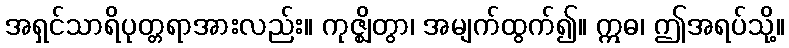
အရှင်သာရိပုတ္တရာအားလည်း။ ကုဇ္ဈိတွာ၊ အမျက်ထွက်၍။ ဣဓ၊ ဤအရပ်သို့။